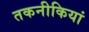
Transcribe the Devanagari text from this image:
तकनीकियां